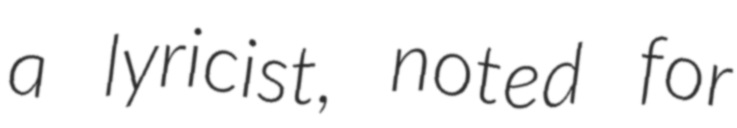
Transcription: a lyricist, noted for